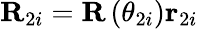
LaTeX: \mathbf{R}_{2i}=\mathbf{R}\left(\theta_{2i}\right)\mathbf{r}_{2i}